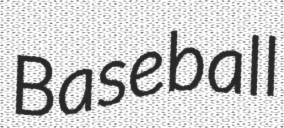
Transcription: Baseball